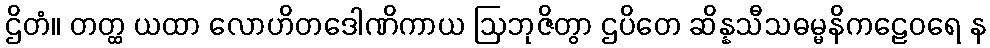
ဌိတံ။ တတ္ထ ယထာ လောဟိတဒေါဏိကာယ ဩဘုဇိတွာ ဌပိတေ ဆိန္နသီသဓမ္မနိကဠေဝရေ န